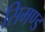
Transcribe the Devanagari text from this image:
सिमण्ड